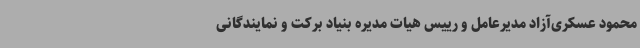
محمود عسکری‌آزاد مدیرعامل و رییس هیات مدیره بنیاد برکت و نمایندگانی